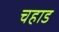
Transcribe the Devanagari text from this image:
चहाड